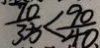
\frac { 7 0 } { 3 5 } < \frac { 9 0 } { 4 0 }